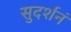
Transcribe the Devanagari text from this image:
सुदर्शनं